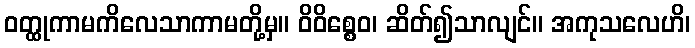
ဝတ္ထုကာမကိလေသာကာမတို့မှ။ ဝိဝိစ္စေဝ၊ ဆိတ်၍သာလျင်။ အကုသလေဟိ၊